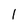
Character: 1